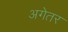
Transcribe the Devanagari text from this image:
अगेतर